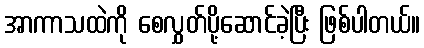
အာကာသထဲကို စေလွှတ်ပို့ဆောင်ခဲ့ပြီး ဖြစ်ပါတယ်။